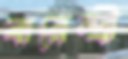
বারেন্দ্রী